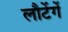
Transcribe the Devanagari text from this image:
लौटेंगें